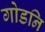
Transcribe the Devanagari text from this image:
गोडनि